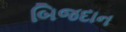
બિજદાન